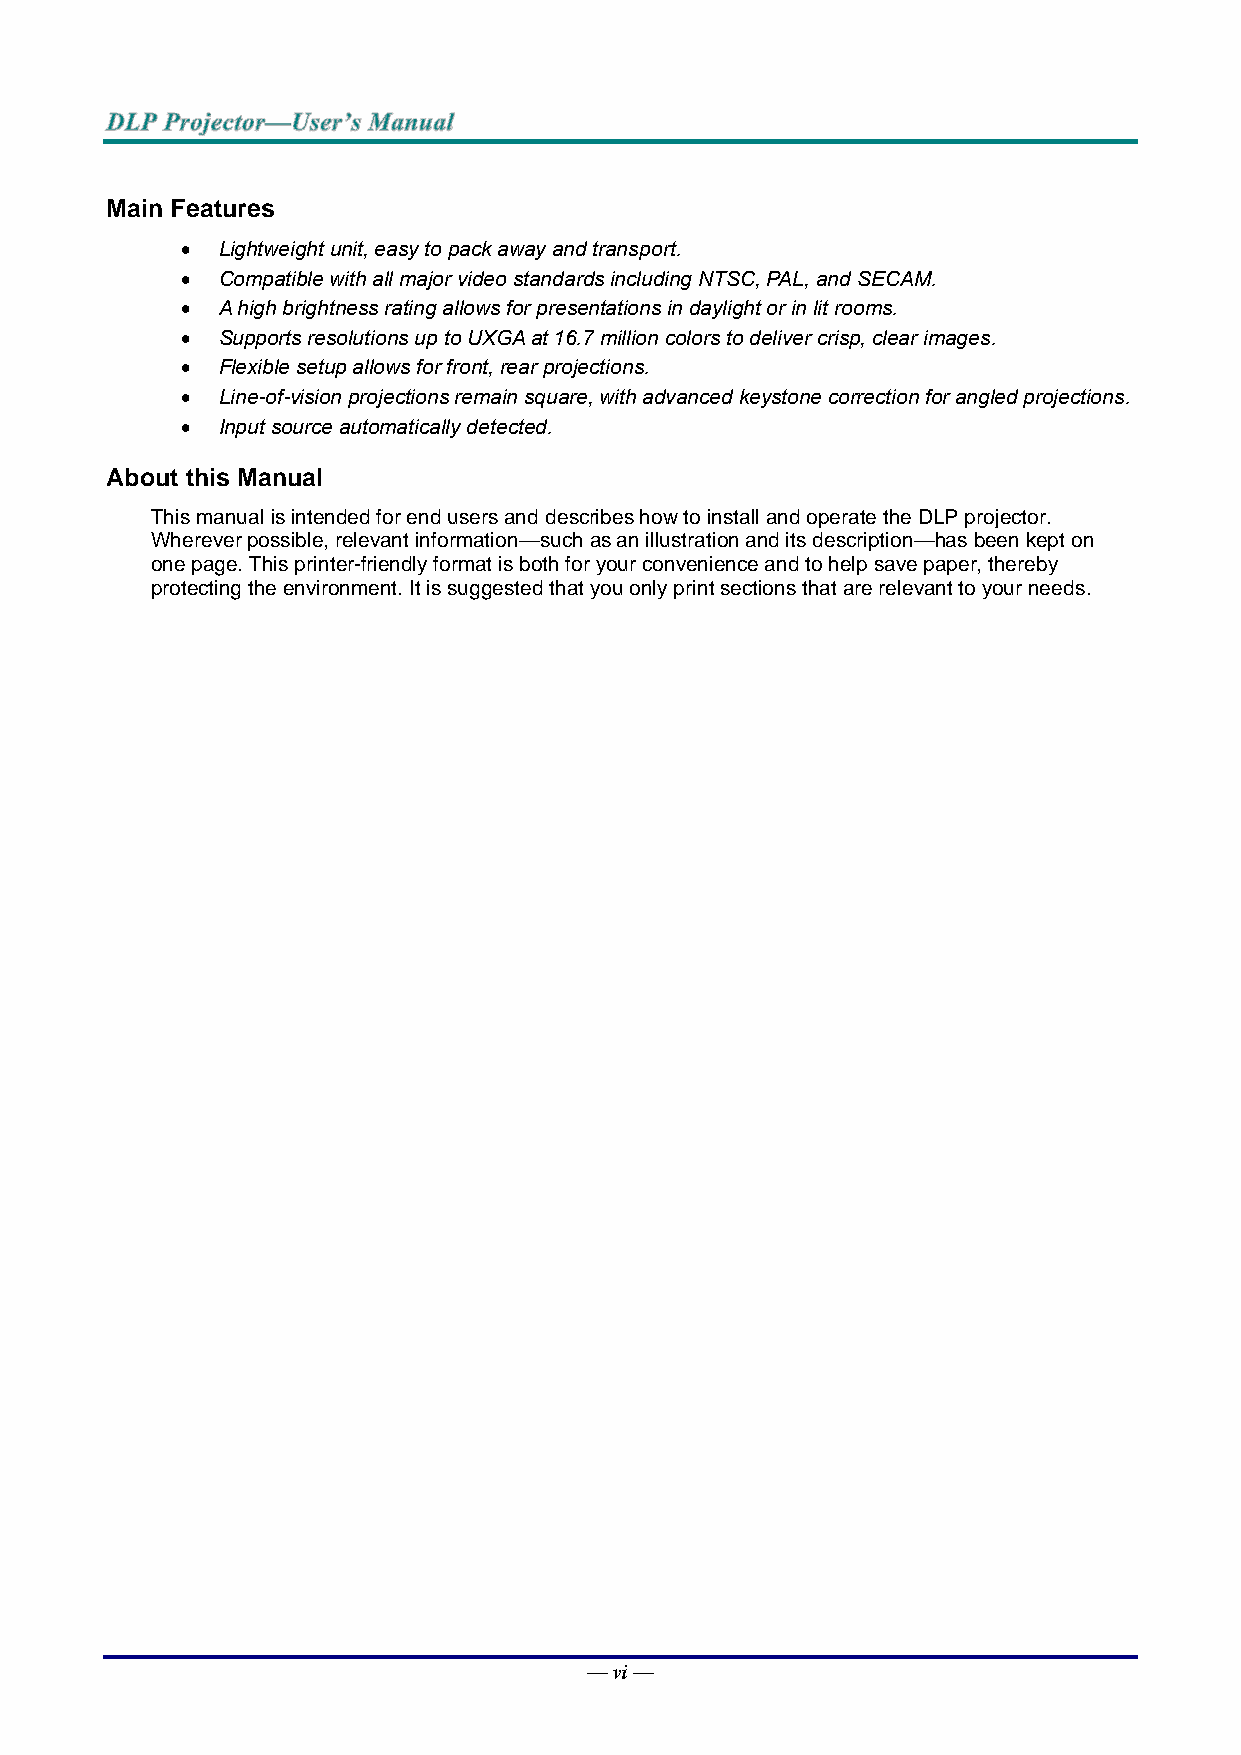
Main Features
  Lightweight unit, easy to pack away and transport.
  Compatible with all major video standards including NTSC, PAL, and SECAM.
  A high brightness rating allows for presentations in daylight or in lit rooms.
  Supports resolutions up to UXGA at 16.7 million colors to deliver crisp, clear images.
  Flexible setup allows for front, rear projections.
  Line-of-vision projections remain square, with advanced keystone correction for angled projections.
  Input source automatically detected.
 About this Manual
 This manual is intended for end users and describes how to install and operate the DLP projector.
 Wherever possible, relevant information—such as an illustration and its description—has been kept on
 one page. This printer-friendly format is both for your convenience and to help save paper, thereby
 protecting the environment. It is suggested that you only print sections that are relevant to your needs.
 — vi —